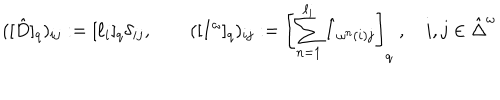
( [ \hat { D } ] _ { q } ) _ { i j } : = [ \ell _ { i } ] _ { q } \delta _ { i j } , \quad \quad ( [ I ^ { \omega } ] _ { q } ) _ { i j } : = \left[ \sum _ { n = 1 } ^ { \ell _ { i } } \hat { I } _ { \omega ^ { n } ( i ) j } \right] _ { q } \; , \quad i , j \in \hat { \Delta } ^ { \omega }